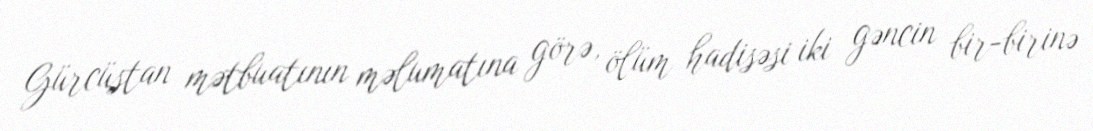
Gürcüstan mətbuatının məlumatına görə, ölüm hadisəsi iki gəncin bir-birinə